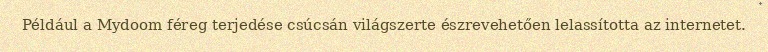
Például a Mydoom féreg terjedése csúcsán világszerte észrevehetően lelassította az internetet.